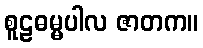
စူဠဓမ္မပါလ ဇာတက။